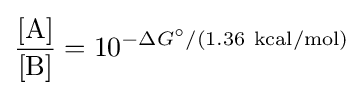
{\frac {[\mathrm {A} ]}{[\mathrm {B} ]}}=10^{-\Delta G^{\circ }/(1.36\ \mathrm {kcal/mol} )}